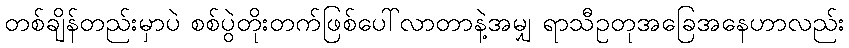
တစ်ချိန်တည်းမှာပဲ စစ်ပွဲတိုးတက်ဖြစ်ပေါ်လာတာနဲ့အမျှ ရာသီဥတုအခြေအနေဟာလည်း